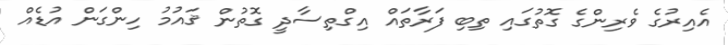
އެއިރުގެ ވެރިންގެ ގޮތުގައި ތިބި ފަރާތައް އިގްތިސާދީ ގޮތުން ޤައުމު ހިންގަން އުޑެއް